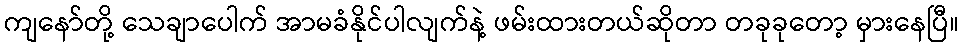
ကျနော်တို့ သေချာပေါက် အာမခံနိုင်ပါလျက်နဲ့ ဖမ်းထားတယ်ဆိုတာ တခုခုတော့ မှားနေပြီ။